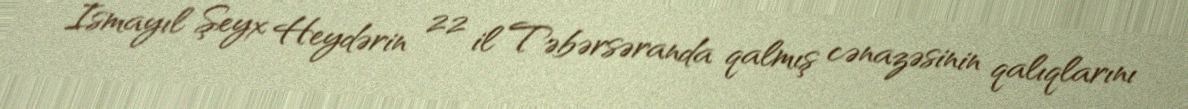
İsmayıl Şeyx Heydərin 22 il Təbərsəranda qalmış cənazəsinin qalıqlarını